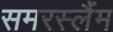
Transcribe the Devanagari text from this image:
समरस्लैंम